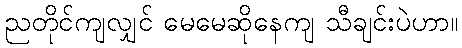
ညတိုင်ကျလျှင် မေမေဆိုနေကျ သီချင်းပဲဟာ။